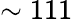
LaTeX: \sim 111